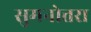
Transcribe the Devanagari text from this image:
सुमनोत्तरा